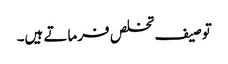
توصیف تخلص فرماتے ہیں۔